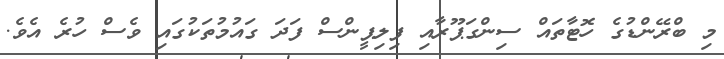
މި ބްރޭންޑުގެ ހޮޓާތައް ސިންގަޕޫރާއި ފިލިޕީންސް ފަދަ ގައުމުތަކުގައި ވެސް ހުރެ އެވެ.